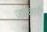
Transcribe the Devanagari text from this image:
जाम्कारी